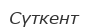
Сүткент